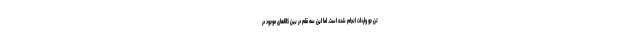
تن جو واردات انجام شده است. اما این سه قلم در بین کالاهای موجود در